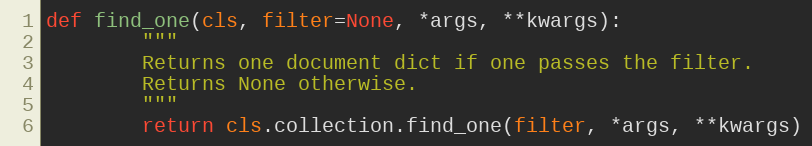
Language: Python
def find_one(cls, filter=None, *args, **kwargs):
        """
        Returns one document dict if one passes the filter.
        Returns None otherwise.
        """
        return cls.collection.find_one(filter, *args, **kwargs)